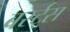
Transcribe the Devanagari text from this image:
बर्स्ट्‌स